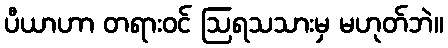
ပီယာဟာ တရားဝင် ဩရသသားမှ မဟုတ်ဘဲ။